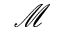
\mathcal { M }